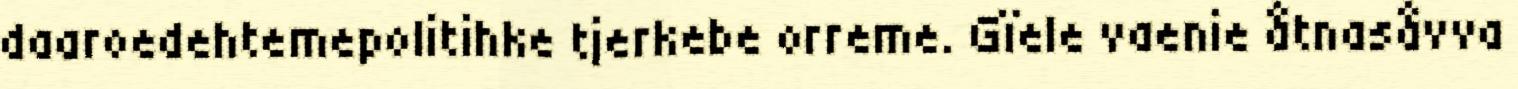
daaroedehtemepolitihke tjerkebe orreme. Gïele vaenie åtnasåvva